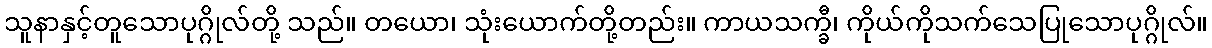
သူနာနှင့်တူသောပုဂ္ဂိုလ်တို့ သည်။ တယော၊ သုံးယောက်တို့တည်း။ ကာယသက္ခီ၊ ကိုယ်ကိုသက်သေပြုသောပုဂ္ဂိုလ်။